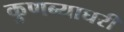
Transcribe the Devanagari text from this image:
कुणब्याघरी